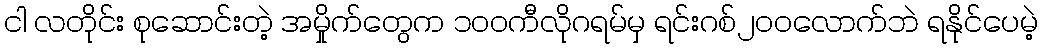
ငါ လတိုင်း စုဆောင်းတဲ့ အမှိုက်တွေက ၁၀၀ကီလိုဂရမ်မှ ရင်းဂစ်၂၀၀လောက်ဘဲ ရနိုင်ပေမဲ့